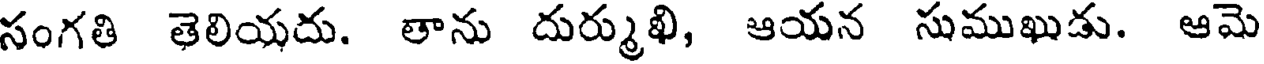
సంగతి తెలియదు. తాను దుర్ముఖి, ఆయన సుముఖుడు. ఆమె